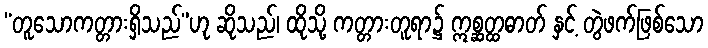
“တူသောကတ္တားရှိသည်”ဟု ဆိုသည်၊ ထိုသို့ ကတ္တားတူရာ၌ ဣစ္ဆတ္ထဓာတ် နှင့် တွဲဖက်ဖြစ်သော